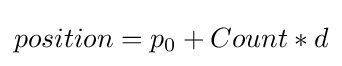
position=p_{0}+Count*d